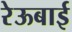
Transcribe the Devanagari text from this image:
रेऊबाई